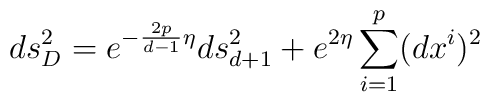
ds_D^2 = e^{-\frac{2p}{d-1}\eta} ds_{d+1}^2 + e^{2\eta} \sum_{i=1}^p (dx^i)^2